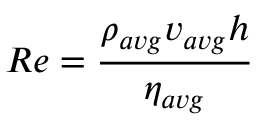
R e = \frac { \rho _ { a v g } v _ { a v g } h } { \eta _ { a v g } }